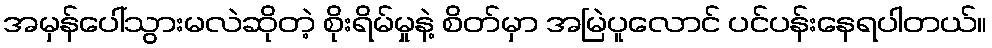
အမှန်ပေါ်သွားမလဲဆိုတဲ့ စိုးရိမ်မှုနဲ့ စိတ်မှာ အမြဲပူလောင် ပင်ပန်းနေရပါတယ်။